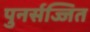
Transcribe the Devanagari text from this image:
पुनर्सज्जित